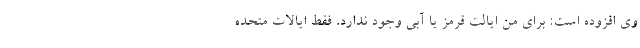
وی افزوده است: برای من ایالت قرمز یا آبی وجود ندارد، فقط ایالات متحده